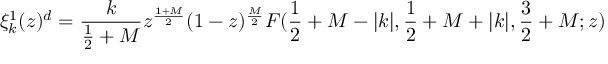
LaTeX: \xi _ { k } ^ { 1 } ( z ) ^ { d } = \frac { k } { \frac { 1 } { 2 } + M } z ^ { \frac { 1 + M } { 2 } } ( 1 - z ) ^ { \frac { M } { 2 } } F ( \frac { 1 } { 2 } + M - | k | , \frac { 1 } { 2 } + M + | k | , \frac { 3 } { 2 } + M ; z )